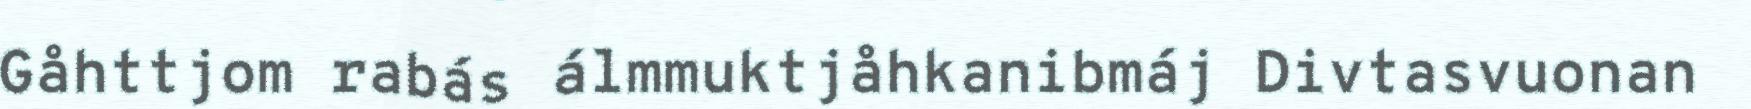
Gåhttjom rabás álmmuktjåhkanibmáj Divtasvuonan